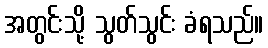
အတွင်းသို့ သွတ်သွင်း ခံရသည်။